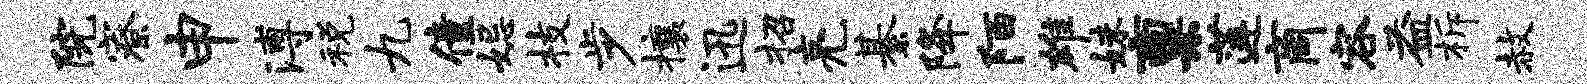
院寮申溥税九僮妃枝步攘迅招亮綦降陌雄妹禀莲商容益柝赦